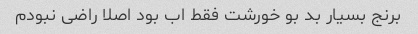
برنج بسیار بد بو خورشت فقط اب بود اصلا راضی نبودم